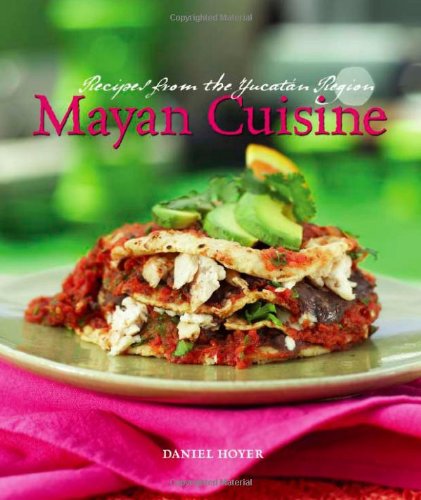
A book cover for Mayan Cuisine: Recipes from the Yucatan Region; Daniel Hoyer; Cookbooks, Food & Wine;